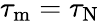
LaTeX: \tau_{\mathrm{m}}=\tau_{\mathrm{N}}